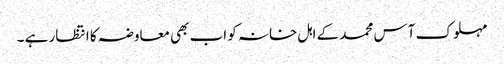
مہلوک آس محمد کے اہل خانہ کو اب بھی معاوضہ کا انتظار ہے ۔